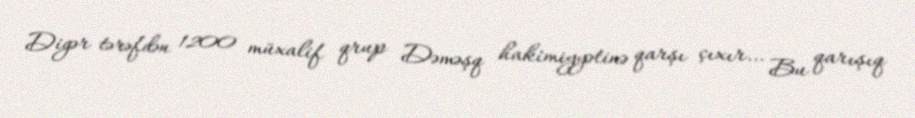
Digər tərəfdən 1200 müxalif qrup Dəməşq hakimiyyətinə qarşı çıxır… Bu qarışıq